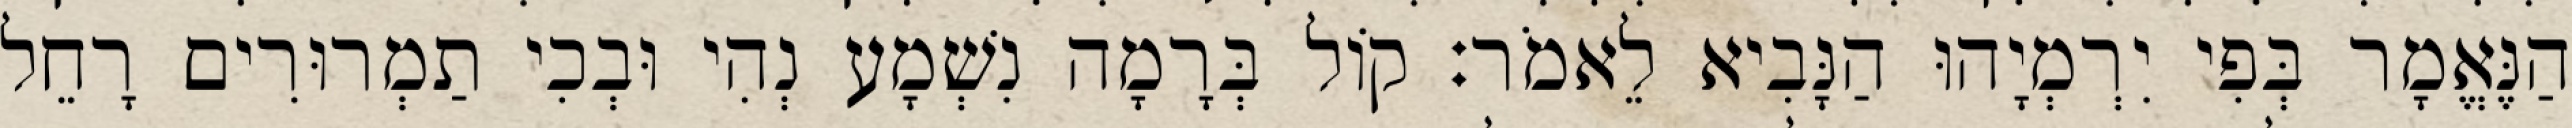
הַנֶּאֱמָר בְּפִי יִרְמְיָהוּ הַנָּבִיא לֵאמֹר׃ קוֹל בְּרָמָה נִשְׁמָע נְהִי וּבְכִי תַמְרוּרִים רָחֵל